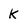
Character: k